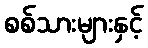
စစ်သားများနှင့်